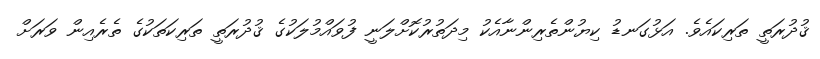
ޤުދުރަތީ ތަރިކައެވެ. އަޅުގަނޑު ކިޔުންތެރިންނާއެކު މިދަތުރުކޮށްލަނީ ފުވައްމުލަކުގެ ޤުދުރަތީ ތަރިކަތަކުގެ ތެރެއިން ވަރަށް